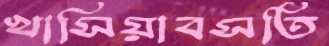
খাসিয়াবসতি